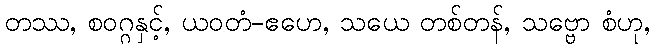
တဿ, စဝဂ္ဂနှင့်, ယဝတံ-ဧဟေ, သယေ တစ်တန်, သဗ္ဗော စံဟု,